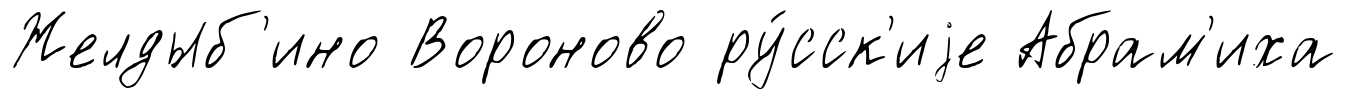
Желдыб'ино Вороново ру́сск'иjе Абрам'иха